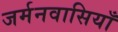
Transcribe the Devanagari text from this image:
जर्मनवासियाँ